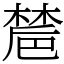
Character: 㯄